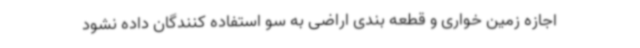
اجازه زمین خواری و قطعه بندی اراضی به سو استفاده کنندگان داده نشود